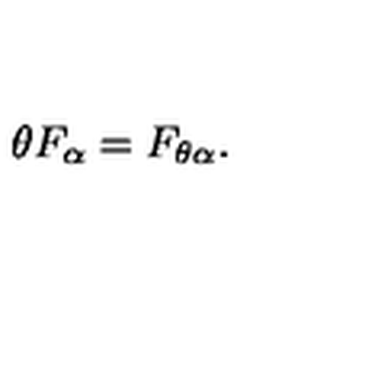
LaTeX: \theta F _ { \alpha } = F _ { \theta \alpha } .